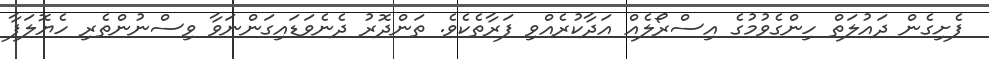
ފެށިގެން ދައުލަތް ހިންގެވުމުގެ އިސްރޯލެއް އަދާކުރެއްވި ފަރާތެކެވެ. ތަންދޮރު ދެނެވަޑައިގަންނަވާ ވިސްނުންތެރި ހެޔޮލަފާ